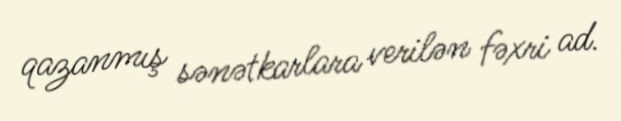
qazanmış sənətkarlara verilən fəxri ad.